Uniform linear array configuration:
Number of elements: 12
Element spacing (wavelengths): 0.5
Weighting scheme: blackman
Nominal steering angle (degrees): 30
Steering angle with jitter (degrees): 28.753
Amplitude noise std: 0.05
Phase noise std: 0.05

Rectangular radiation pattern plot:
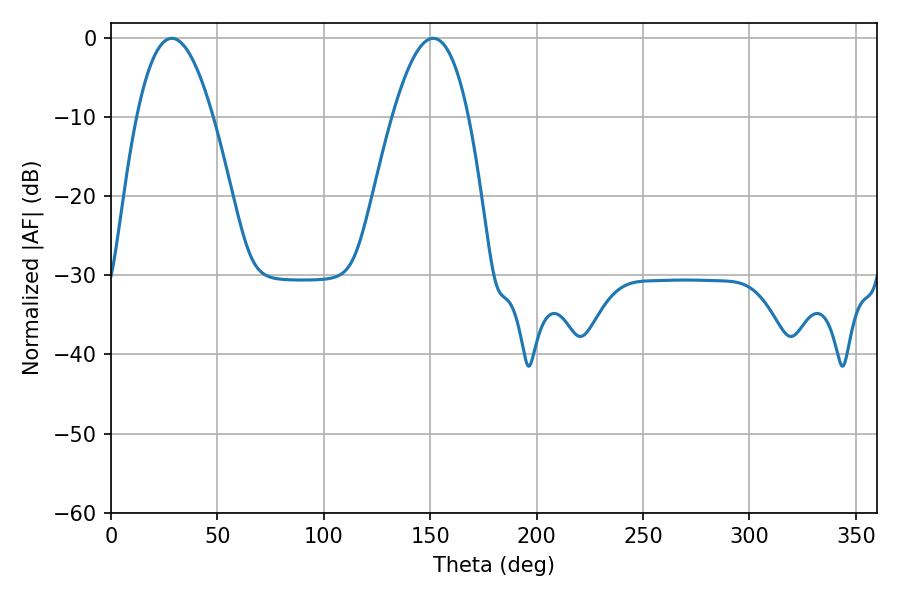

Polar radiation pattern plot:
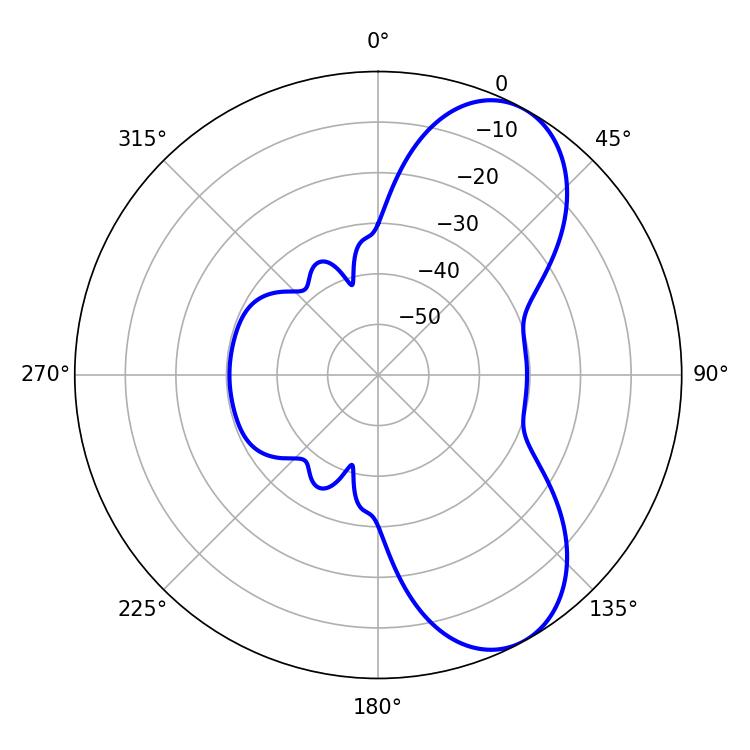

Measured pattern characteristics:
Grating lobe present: FALSE
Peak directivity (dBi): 7.461
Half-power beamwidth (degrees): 19.62
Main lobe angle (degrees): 28.62